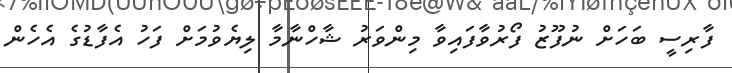
ފާރިސީ ބަހަށް ނުފޫޒު ފޯރުވާފައިވާ މިންވަރު ޝާހްނާމާ ލިޔެވުމަށް ފަހު އެފާޑުގެ އެހެން